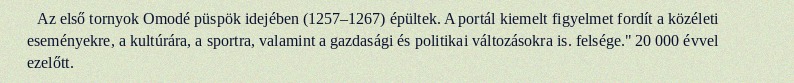
Az első tornyok Omodé püspök idejében (1257–1267) épültek. A portál kiemelt figyelmet fordít a közéleti eseményekre, a kultúrára, a sportra, valamint a gazdasági és politikai változásokra is. felsége." 20 000 évvel ezelőtt.